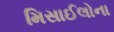
મિસાઈલોના